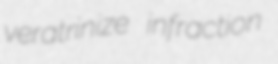
veratrinize infraction